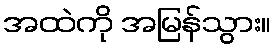
အထဲကို အမြန်သွား။